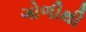
ગોળીથી